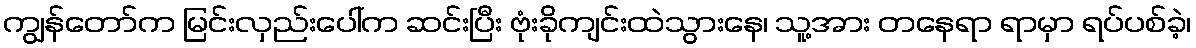
ကျွန်တော်က မြင်းလှည်းပေါ်က ဆင်းပြီး ဗုံးခိုကျင်းထဲသွားနေ၊ သူ့အား တနေရာ ရာမှာ ရပ်ပစ်ခဲ့၊